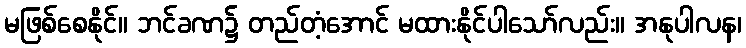
မဖြစ်စေနိုင်။ ဘင်ခဏ၌ တည်တံ့အောင် မထားနိုင်ပါသော်လည်း။ အနုပါလန၊